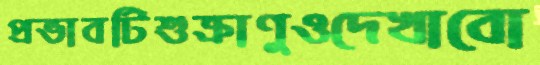
প্রভাবটিশুক্রাণুওদেখাবো